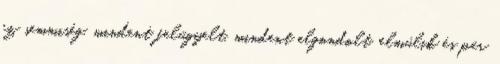
ez semmiség, mindent felügyelt, mindent elgondolt, elmúlik és pár